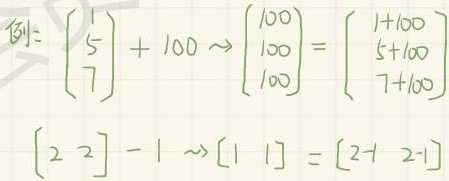
例：
\(\begin{bmatrix}1\\5\\7\end{bmatrix}+ 100\sim\begin{bmatrix}100\\100\\100\end{bmatrix}=\begin{bmatrix}1 + 100\\5 + 100\\7+100\end{bmatrix}\)
\(\begin{bmatrix}2&2\end{bmatrix}-1\sim\begin{bmatrix}1&1\end{bmatrix}=\begin{bmatrix}2 - 1&2 - 1\end{bmatrix}\)